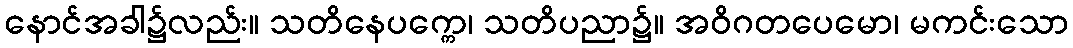
နောင်အခါ၌လည်း။ သတိနေပက္ကေ၊ သတိပညာ၌။ အဝိဂတပေမော၊ မကင်းသော